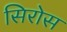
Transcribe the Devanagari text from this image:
सिरोस